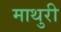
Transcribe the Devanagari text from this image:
माथुरी